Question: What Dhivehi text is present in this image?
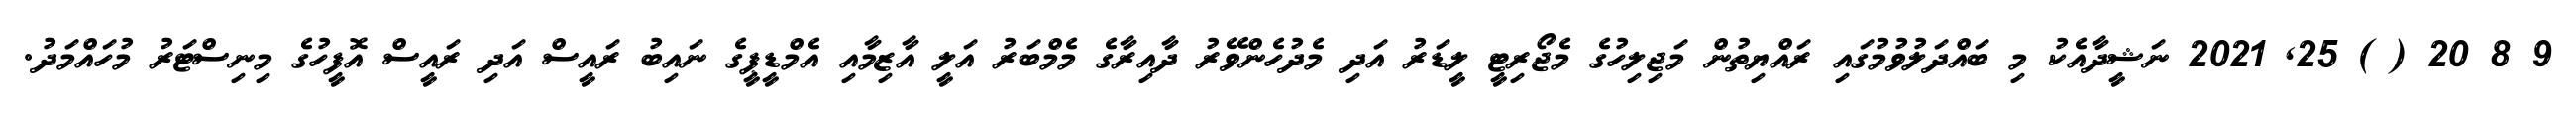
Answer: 9 8 20 ( ) 25, 2021 ނަޝީދާއެކު މި ބައްދަލުވުމުގައި ރައްޔިތުން މަޖިލިހުގެ މެޖޯރިޓީ ލީޑަރު އަދި މެދުހެންވޭރު ދާއިރާގެ މެމްބަރު އަލީ އާޒިމާއި އެމްޑީޕީގެ ނައިބު ރައީސް އަދި ރައީސް އޮފީހުގެ މިނިސްޓަރު މުހައްމަދު.